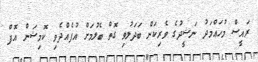
ރައީސް މުހައްމަދު ނަޝީދުގެ ވެރިކަން ބަދަލުވި ގޮތް ބެލުމަށް އުފެއްދެވި ކޮމިޝަން އޮފް